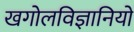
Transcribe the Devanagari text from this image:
खगोलविज्ञानियों